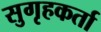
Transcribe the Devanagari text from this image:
सुगृहकर्ता